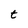
Character: t